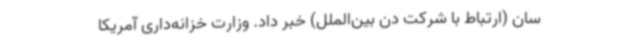
سان (ارتباط با شرکت دن بین‌الملل) خبر داد. وزارت خزانه‌داری آمریکا